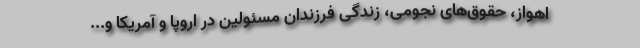
اهواز، حقوق‌‌های نجومی، زندگی فرزندان مسئولین در اروپا و آمریکا و...